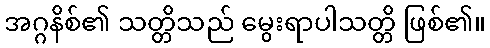
အဂ္ဂနိစ်၏ သတ္တိသည် မွေးရာပါသတ္တိ ဖြစ်၏။